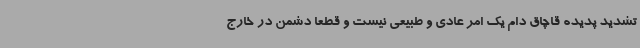
تشدید پدیده قاچاق دام یک امر عادی و طبیعی نیست و قطعاً دشمن در خارج